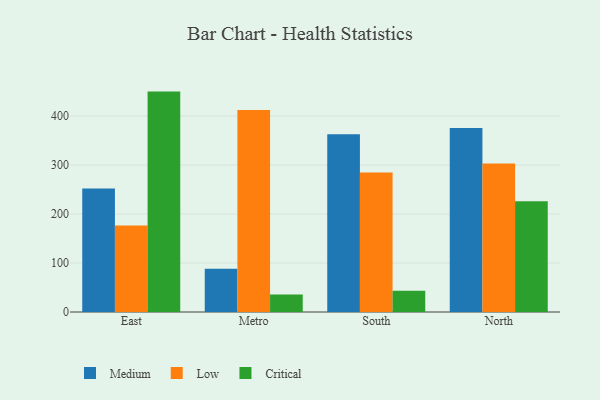
{"axis": {"x": "Region", "y": "Latency (ms)"}, "legend": ["Critical", "Low", "Medium"], "data": [{"x": "East", "y": 252.2, "type": "Medium"}, {"x": "East", "y": 176.7, "type": "Low"}, {"x": "East", "y": 449.8, "type": "Critical"}, {"x": "Metro", "y": 88.1, "type": "Medium"}, {"x": "Metro", "y": 412.2, "type": "Low"}, {"x": "Metro", "y": 35.9, "type": "Critical"}, {"x": "South", "y": 362.8, "type": "Medium"}, {"x": "South", "y": 284.7, "type": "Low"}, {"x": "South", "y": 43.6, "type": "Critical"}, {"x": "North", "y": 375.6, "type": "Medium"}, {"x": "North", "y": 303.1, "type": "Low"}, {"x": "North", "y": 226.2, "type": "Critical"}]}